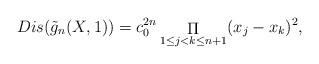
LaTeX: \begin{align*}Dis(\tilde{g}_{n}(X, 1)) = c_0^{2n} \mathop{\Pi} _{1 \le j < k \le n+1}(x_j - x_k)^2,\end{align*}